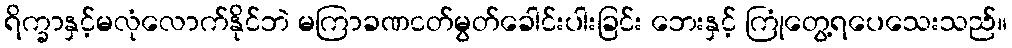
ရိက္ခာနှင့်မလုံလောက်နိုင်ဘဲ မကြာခဏငတ်မွတ်ခေါင်းပါးခြင်း ဘေးနှင့် ကြုံတွေ့ရပေသေးသည်။